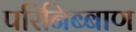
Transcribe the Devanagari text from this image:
परिनिब्बाण